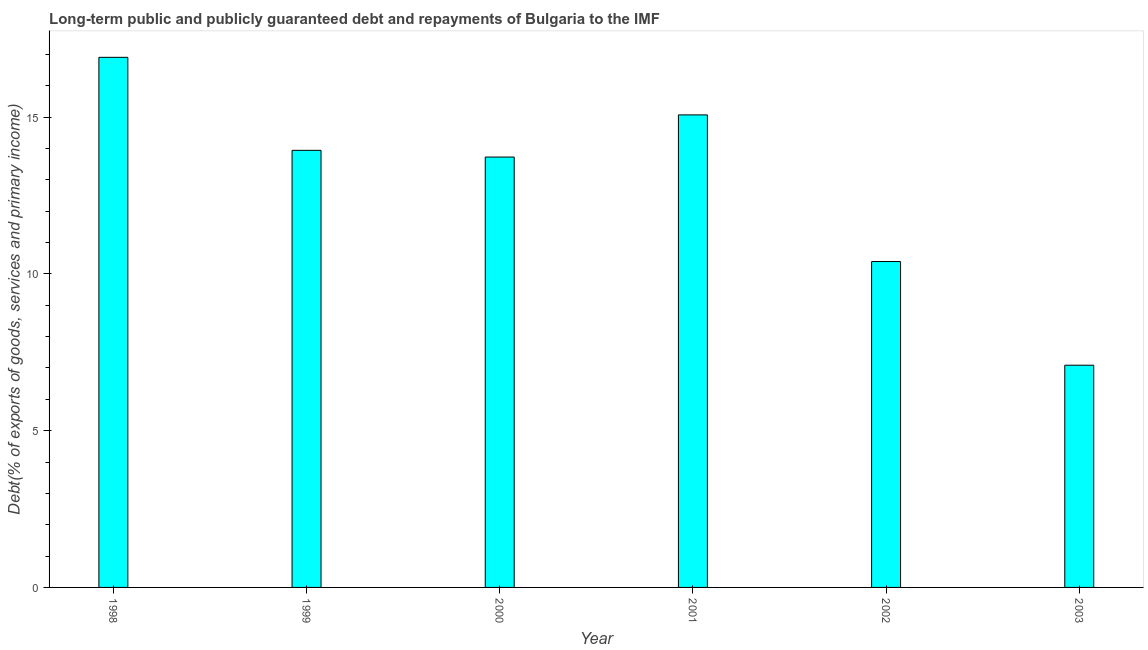
| Year | Debt service (PPG and IMF only) |
 | --- | --- |
 | 1998 | 16.9 |
 | 1999 | 13.9 |
 | 2000 | 13.7 |
 | 2001 | 15.1 |
 | 2002 | 10.4 |
 | 2003 | 7.09 |